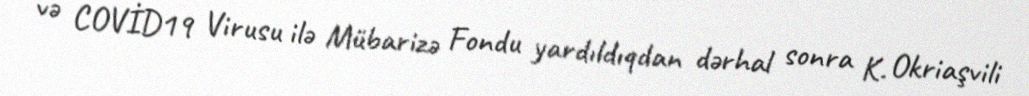
və COVİD19 Virusu ilə Mübarizə Fondu yardıldıqdan dərhal sonra K. Okriaşvili